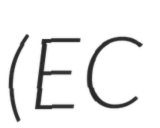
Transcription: (EC